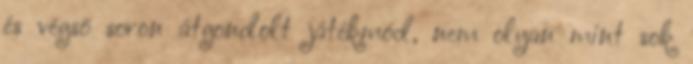
és végső soron átgondolt játékmód, nem olyan mint sok